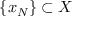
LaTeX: \{ x _ { N } \} \subset X